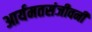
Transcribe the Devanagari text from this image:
आर्यमतसंजीवनी